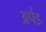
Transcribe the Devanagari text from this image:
अर्पड